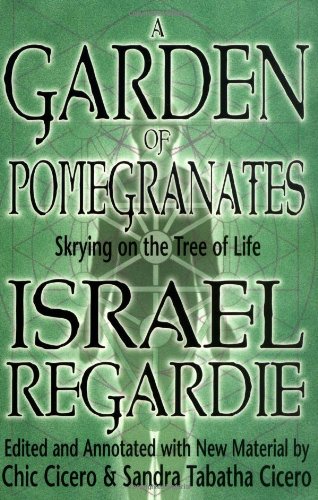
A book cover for A Garden of Pomegranates: Skrying on the Tree of Life; Israel Regardie; Reference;